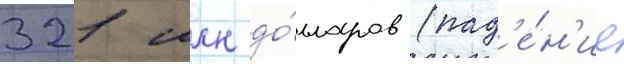
321 млн до́лларов (пад'е́н'ие